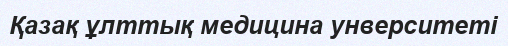
Қазақ ұлттық медицина унверситеті